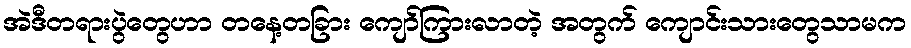
အဲဒီတရားပွဲတွေဟာ တနေ့တခြား ကျော်ကြားလာတဲ့ အတွက် ကျောင်းသားတွေသာမက